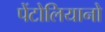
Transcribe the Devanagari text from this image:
पेंटोलियानो